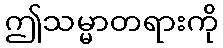
ဤသမ္မာတရားကို